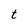
Character: t